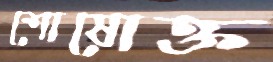
শোষোক্ত